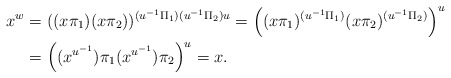
\begin{align*} x^w &= ((x\pi_1)(x\pi_2))^{(u^{-1}\Pi_1)(u^{-1}\Pi_2)u} = \left((x\pi_1)^{(u^{-1}\Pi_1)} (x\pi_2)^{(u^{-1}\Pi_2)} \right)^u \\ &= \left((x^{u^{-1}}) \pi_1 (x^{u^{-1}}) \pi_2 \right)^u = x. \end{align*}